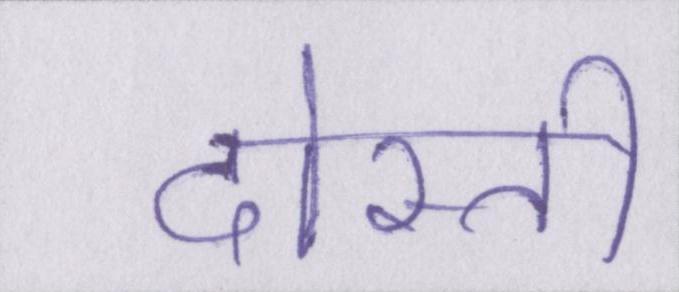
दोस्ती